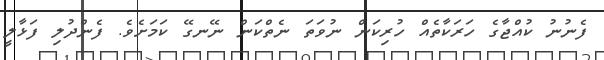
ފެނުނު ކުއްޖާގެ ހަރަކާތެއް ހުރިކަން ނުވަތަ ނެތްކަން ނޭނގޭ ކަމަށެވެ. ފެންދުލި ފަޅާލީ